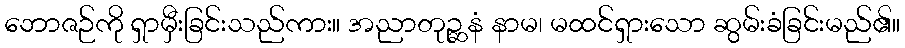
ဘောဇဉ်ကို ရှာမှီးခြင်းသည်ကား။ အညာတုဉ္ဆနံ နာမ၊ မထင်ရှားသော ဆွမ်းခံခြင်းမည်၏။